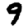
Digit: 9